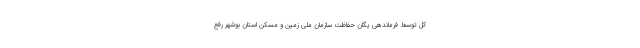
کل توسط فرماندهی یگان حفاظت سازمان ملی زمین و مسکن استان بوشهر رفع